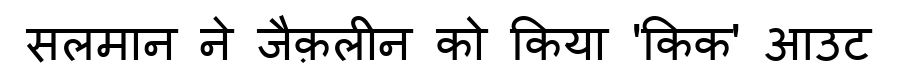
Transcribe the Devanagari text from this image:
सलमान ने जैक़लीन को किया 'किक' आउट